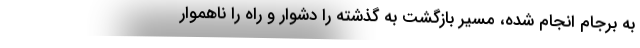
به برجام انجام شده، مسیر بازگشت به گذشته را دشوار و راه را ناهموار